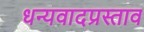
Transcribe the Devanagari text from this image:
धन्यवादप्रस्ताव